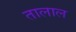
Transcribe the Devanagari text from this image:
तालाल